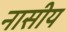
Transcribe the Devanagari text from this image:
नासीय